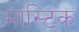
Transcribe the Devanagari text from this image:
मास्टिक